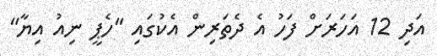
އަދި 12 އަހަރަށް ފަހު އެ ދެތަރިން އެކުގައި ''ހެޕީ ނިއު އިޔާ"